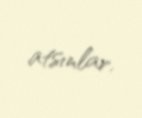
atsınlar.